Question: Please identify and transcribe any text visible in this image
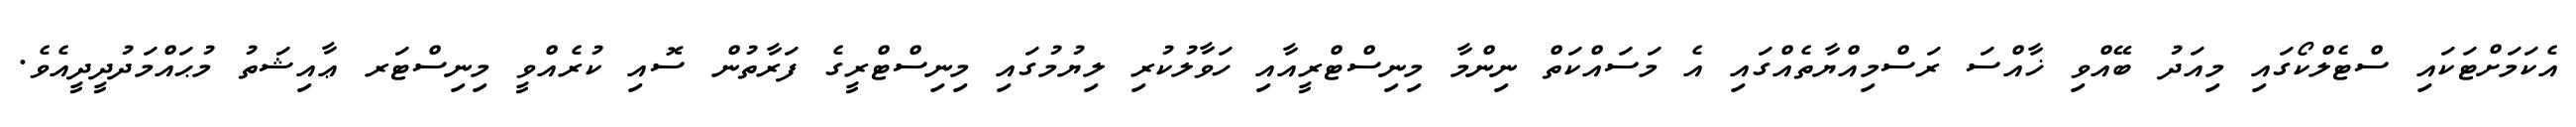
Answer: އެކަމަށްޓަކައި ސްޓެލްކޯގައި މިއަދު ބޭއްވި ޚާއްސަ ރަސްމިއްޔާތެއްގައި އެ މަސައްކަތް ނިންމާ މިނިސްޓްރީއާއި ހަވާލުކުރި ލިޔުމުގައި މިނިސްޓްރީގެ ފަރާތުން ސޮއި ކުރެއްވީ މިނިސްޓަރ ޢާއިޝަތު މުޙައްމަދުދީދީއެވެ.